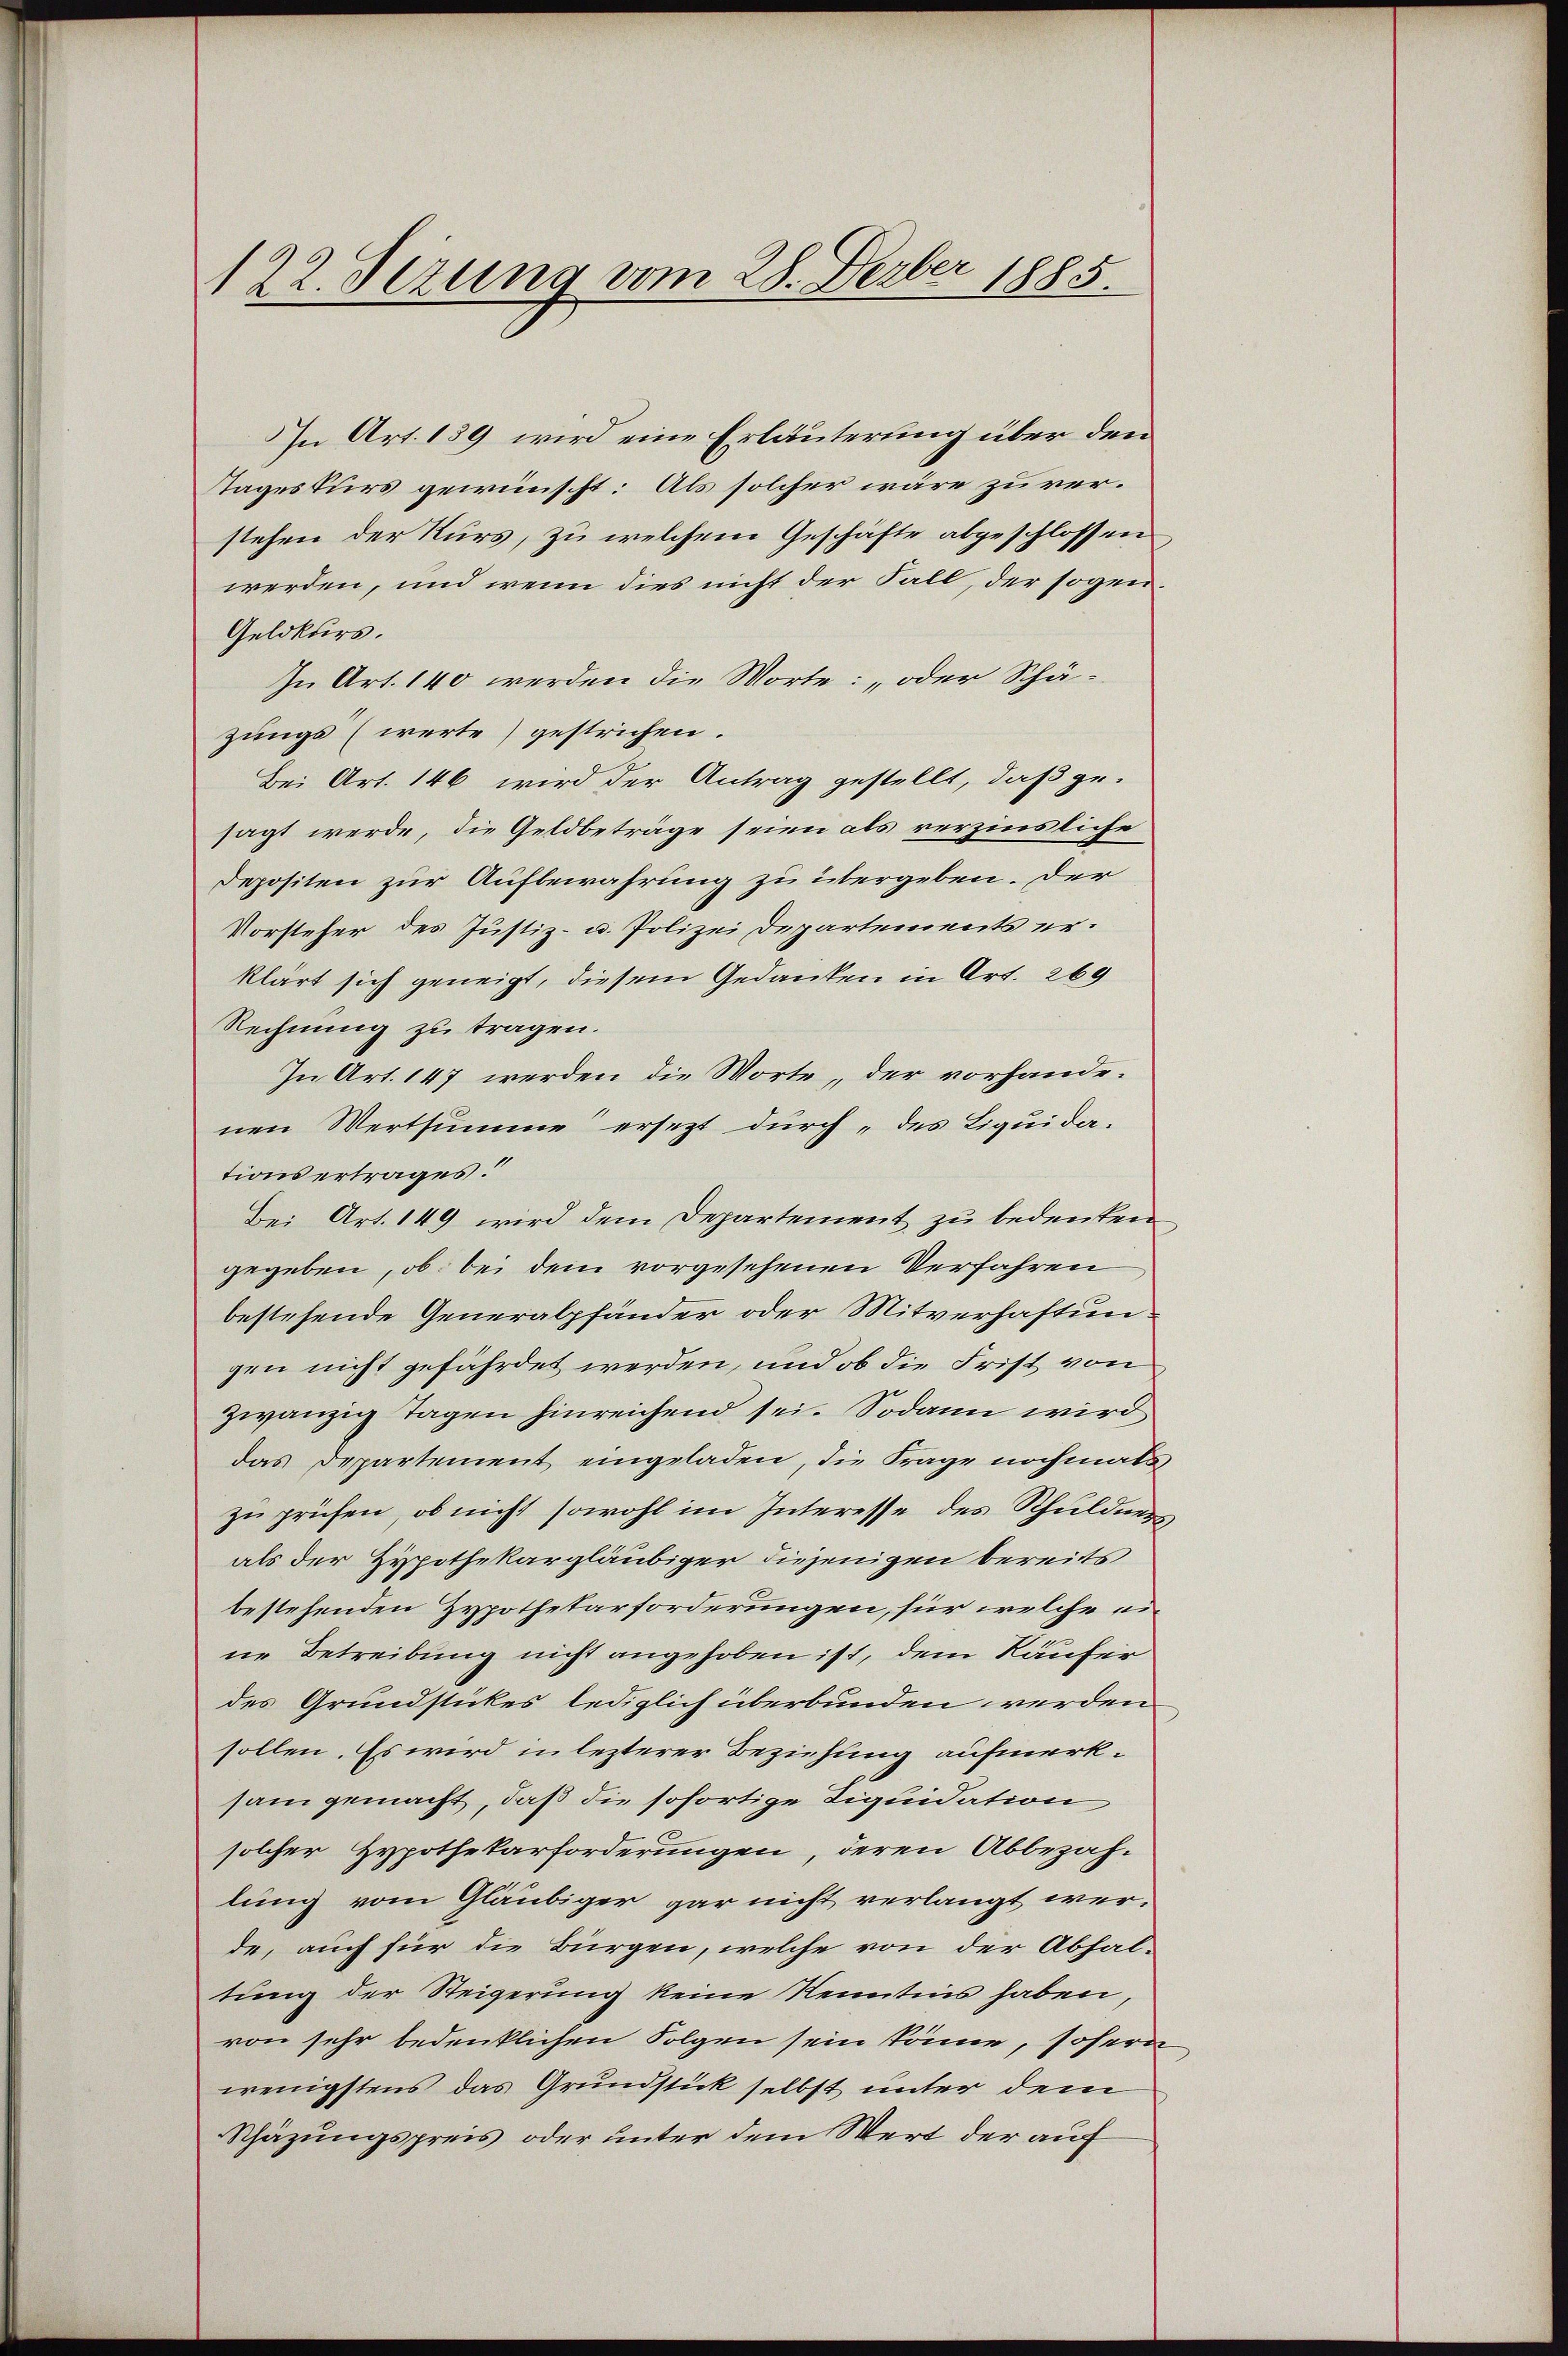
122. Sezung vom 28. Ferber 1885.

In Art. 159 wird eine Erläuterung über den
Stageskurs gewünscht: Als solcher wäre zu verstehen der Kurs, zu welchem Geschäfte abgeschlossen
werden, und wenn dies nicht der Fall, der sogen
Geldkurs.
In Art. 140 werden die Worte: „oder Schäzungs (werte) gestrichen.
Bei Art. 146 wird der Antrag gestellt, daß ge-
sagt werde, die Geldbeträge seien als rerzinsliche
Depositen zur Aufbewahrung zu übergeben. Der
Vorsteher des Justiz- u. Polizei Departements erklärt sich geneigt, diesem Gedanken in Art. 269
Rechnung zu tragen.
In Art. 147 werden die Worte, der vorhandenen Wertsumme ersezt durch „des Liquidations ertrages.
Bei Art. 149 wird dem Departement zu bedeuten
gegeben, ob bei dem vorgesehenen Verfahren
bestehende Generalpfänder oder Mitverhaftungen nicht gefährdet werden, und ob die Frist von
zwanzig Tagen hinreichend sei. Sodann wird
das Departement eingeladen, die Frage nochmals
zu prüfen, ob nicht sowohl im Interesse des Schuldners
als der Hypothekargläubiger diejenigen bereits
bestehenden Hypothekarforderungen, für welche eine Betreibung nicht angehoben ist, dem Käufer
des Grundstückes lediglich überbunden werden
sollen. Es wird in lezterer Beziehung aufmerksam gemacht, daß die sofortige Liquidation
solcher Hypothekarforderungen, deren Abbezah-
lung vom Gläubiger gar nicht verlangt werde, auch für die Bürgen, welche von der Abhaltung der Steigerung keine Kenntnis haben,
von sehr bedenklichen Folgen sein könne, sofern
wenigstens das Grundstück selbst unter dem
Schäzungspreis oder unter dem Wert der auf